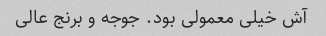
آش خیلی معمولی بود. جوجه و برنج عالی